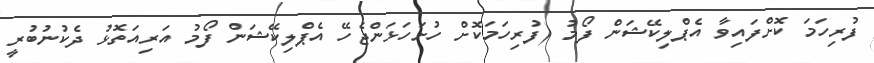
ފުރިހަމަ ކޮށްފައިވާ އެޕްލިކޭޝަން ފޯމު (ފުރިހަމަކޮށް ހުށަހަޅަންޖެހޭ އެޕްލިކޭޝަން ފޯމު އަރިއަތޮޅު ދެކުނުބުރީ